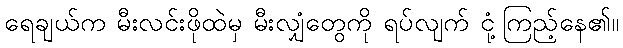
ရေချယ်က မီးလင်းဖိုထဲမှ မီးလျှံတွေကို ရပ်လျက် ငုံ့ကြည့်နေ၏။